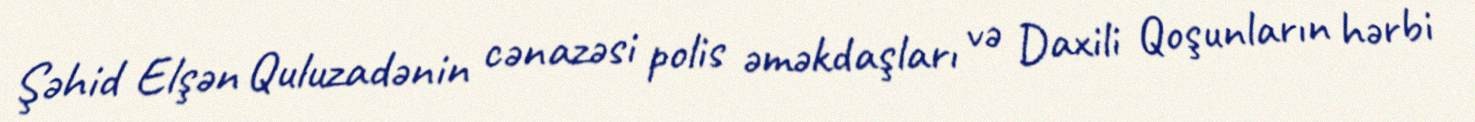
Şəhid Elşən Quluzadənin cənazəsi polis əməkdaşları və Daxili Qoşunların hərbi